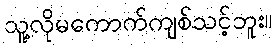
သူ့လိုမကောက်ကျစ်သင့်ဘူး။